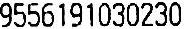
9556191030230